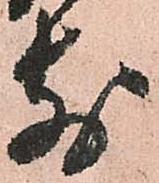
前